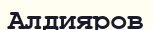
Алдияров